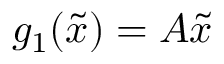
g _ { 1 } ( \tilde { x } ) = A \tilde { x }